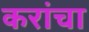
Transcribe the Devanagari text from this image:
करांचा